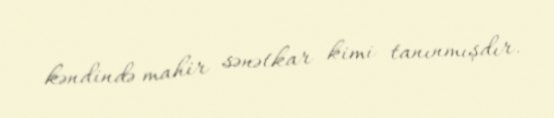
kəndində mahir sənətkar kimi tanınmışdır.